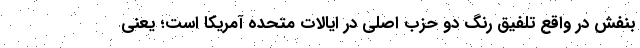
بنفش در واقع تلفیق رنگ دو حزب اصلی در ایالات متحده آمریکا است؛ یعنی